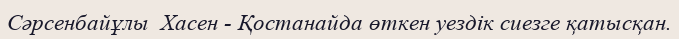
Сәрсенбайұлы  Хасен - Қостанайда өткен уездік сиезге қатысқан.